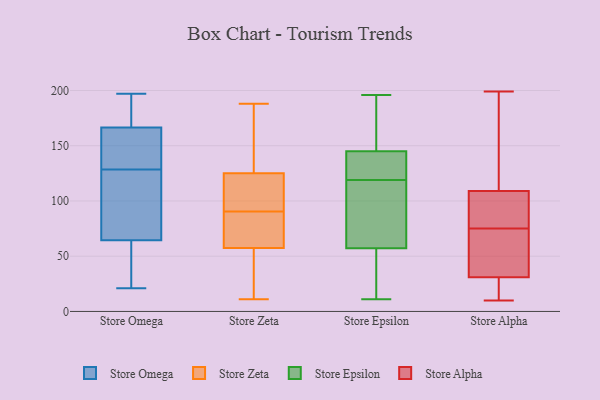
{"axis": {"x": "Gross Profit (USD K)", "y": "Value"}, "legend": ["Store Alpha", "Store Epsilon", "Store Omega", "Store Zeta"], "data": [{"x": "", "y": 141, "type": "Store Omega"}, {"x": "", "y": 171, "type": "Store Omega"}, {"x": "", "y": 157, "type": "Store Omega"}, {"x": "", "y": 162, "type": "Store Omega"}, {"x": "", "y": 116, "type": "Store Omega"}, {"x": "", "y": 194, "type": "Store Omega"}, {"x": "", "y": 197, "type": "Store Omega"}, {"x": "", "y": 42, "type": "Store Omega"}, {"x": "", "y": 141, "type": "Store Omega"}, {"x": "", "y": 43, "type": "Store Omega"}, {"x": "", "y": 194, "type": "Store Omega"}, {"x": "", "y": 21, "type": "Store Omega"}, {"x": "", "y": 88, "type": "Store Omega"}, {"x": "", "y": 57, "type": "Store Omega"}, {"x": "", "y": 188, "type": "Store Omega"}, {"x": "", "y": 148, "type": "Store Omega"}, {"x": "", "y": 72, "type": "Store Omega"}, {"x": "", "y": 112, "type": "Store Omega"}, {"x": "", "y": 46, "type": "Store Omega"}, {"x": "", "y": 77, "type": "Store Omega"}, {"x": "", "y": 119, "type": "Store Zeta"}, {"x": "", "y": 33, "type": "Store Zeta"}, {"x": "", "y": 96, "type": "Store Zeta"}, {"x": "", "y": 72, "type": "Store Zeta"}, {"x": "", "y": 131, "type": "Store Zeta"}, {"x": "", "y": 11, "type": "Store Zeta"}, {"x": "", "y": 114, "type": "Store Zeta"}, {"x": "", "y": 50, "type": "Store Zeta"}, {"x": "", "y": 95, "type": "Store Zeta"}, {"x": "", "y": 86, "type": "Store Zeta"}, {"x": "", "y": 188, "type": "Store Zeta"}, {"x": "", "y": 143, "type": "Store Zeta"}, {"x": "", "y": 34, "type": "Store Zeta"}, {"x": "", "y": 82, "type": "Store Zeta"}, {"x": "", "y": 174, "type": "Store Zeta"}, {"x": "", "y": 65, "type": "Store Zeta"}, {"x": "", "y": 120, "type": "Store Epsilon"}, {"x": "", "y": 81, "type": "Store Epsilon"}, {"x": "", "y": 122, "type": "Store Epsilon"}, {"x": "", "y": 196, "type": "Store Epsilon"}, {"x": "", "y": 156, "type": "Store Epsilon"}, {"x": "", "y": 37, "type": "Store Epsilon"}, {"x": "", "y": 119, "type": "Store Epsilon"}, {"x": "", "y": 139, "type": "Store Epsilon"}, {"x": "", "y": 52, "type": "Store Epsilon"}, {"x": "", "y": 177, "type": "Store Epsilon"}, {"x": "", "y": 129, "type": "Store Epsilon"}, {"x": "", "y": 189, "type": "Store Epsilon"}, {"x": "", "y": 27, "type": "Store Epsilon"}, {"x": "", "y": 11, "type": "Store Epsilon"}, {"x": "", "y": 86, "type": "Store Epsilon"}, {"x": "", "y": 30, "type": "Store Epsilon"}, {"x": "", "y": 147, "type": "Store Epsilon"}, {"x": "", "y": 73, "type": "Store Epsilon"}, {"x": "", "y": 105, "type": "Store Epsilon"}, {"x": "", "y": 31, "type": "Store Alpha"}, {"x": "", "y": 109, "type": "Store Alpha"}, {"x": "", "y": 32, "type": "Store Alpha"}, {"x": "", "y": 81, "type": "Store Alpha"}, {"x": "", "y": 117, "type": "Store Alpha"}, {"x": "", "y": 36, "type": "Store Alpha"}, {"x": "", "y": 12, "type": "Store Alpha"}, {"x": "", "y": 10, "type": "Store Alpha"}, {"x": "", "y": 13, "type": "Store Alpha"}, {"x": "", "y": 95, "type": "Store Alpha"}, {"x": "", "y": 69, "type": "Store Alpha"}, {"x": "", "y": 84, "type": "Store Alpha"}, {"x": "", "y": 174, "type": "Store Alpha"}, {"x": "", "y": 199, "type": "Store Alpha"}]}